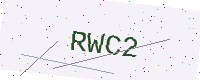
Text: RWC2